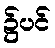
၌ပင်